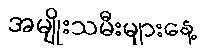
အမျိုးသမီးများနေ့